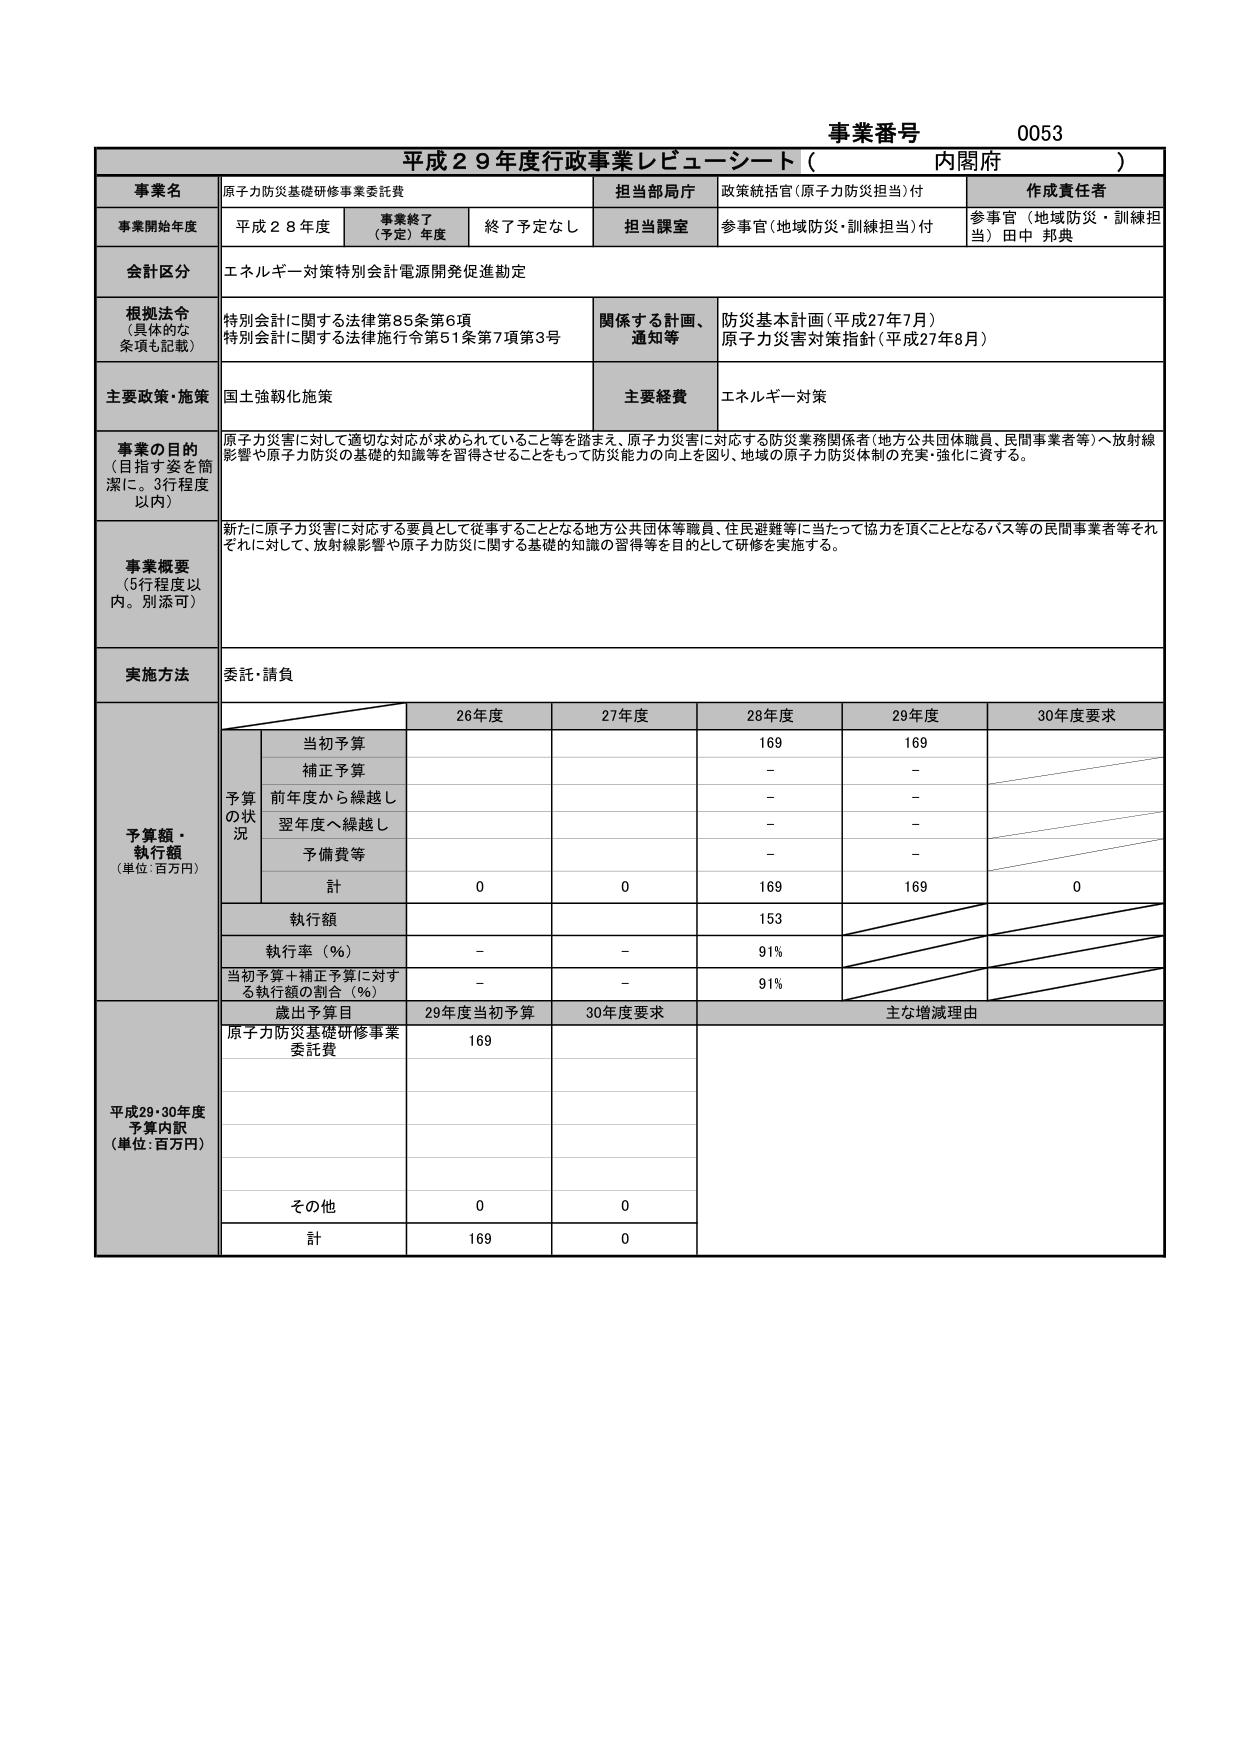
事業番号 0053
平成２９年度行政事業レビューシート（内閣府）

事業名 原子力防災基礎研修事業委託費
担当部局庁 政策統括官（原子力防災担当）付
作成責任者 参事官（地域防災・訓練担当）田中 邦典

事業開始年度 平成２８年度
事業終了（予定）年度 終了予定なし
担当課室 参事官（地域防災・訓練担当）付

会計区分 エネルギー対策特別会計電源開発促進勘定

根拠法令（具体的な条項も記載）
特別会計に関する法律第85条第6項
特別会計に関する法律施行令第51条第7項第3号
関係する計画、通知等
防災基本計画（平成27年7月）
原子力災害対策指針（平成27年8月）

主要政策・施策 国土強靭化施策
主要経費 エネルギー対策

事業の目的（目指す姿を簡潔に。3行程度以内）
原子力災害に対して適切な対応が求められていること等を踏まえ、原子力災害に対応する防災業務関係者（地方公共団体職員、民間事業者等）へ放射線影響や原子力防災の基礎的知識等を習得させることをもって防災能力の向上を図り、地域の原子力防災体制の充実・強化に資する。

事業概要（5行程度以内。別添可）
新たに原子力災害に対応する要員として従事することとなる地方公共団体等職員、住民避難等に当たって協力を頂くこととなるバス等の民間事業者等それぞれに対して、放射線影響や原子力防災に関する基礎的知識の習得等を目的として研修を実施する。

実施方法 委託・請負

予算額・執行額（単位：百万円）
予算の状況
当初予算 26年度 27年度 28年度 29年度 30年度要求
補正予算 - -
前年度から繰越し - -
翌年度へ繰越し - -
予備費等 - -
計 0 0 169 169 0
執行額 153
執行率（％） - - 91%
当初予算＋補正予算に対する執行額の割合（％） - - 91%

平成29・30年度予算内訳（単位：百万円）
歳出予算目 29年度当初予算 30年度要求 主な増減理由
原子力防災基礎研修事業委託費 169
その他 0 0
計 169 0